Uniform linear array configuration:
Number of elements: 64
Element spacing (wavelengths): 0.75
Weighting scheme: exponential
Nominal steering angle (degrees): -15
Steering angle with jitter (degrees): -15.344
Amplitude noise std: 0.05
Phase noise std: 0.05

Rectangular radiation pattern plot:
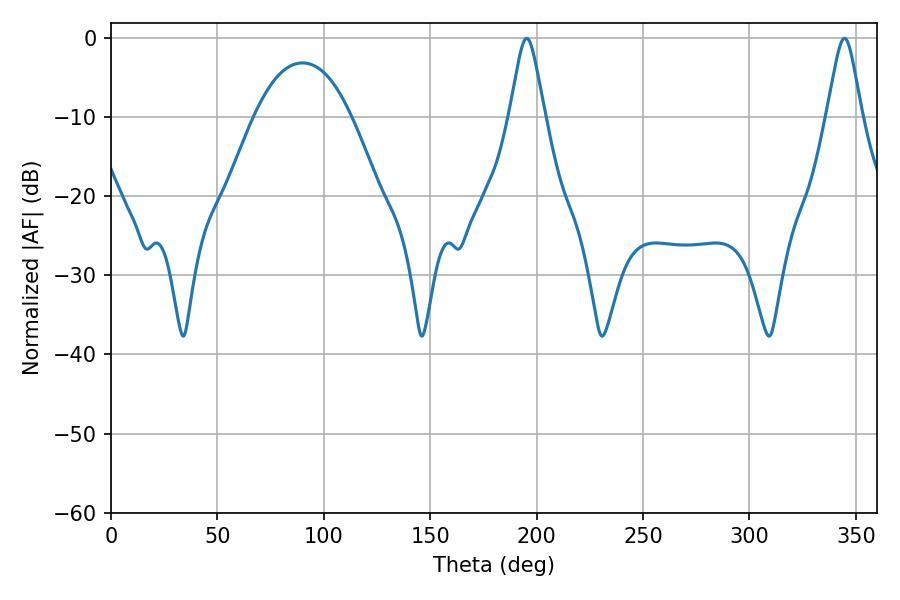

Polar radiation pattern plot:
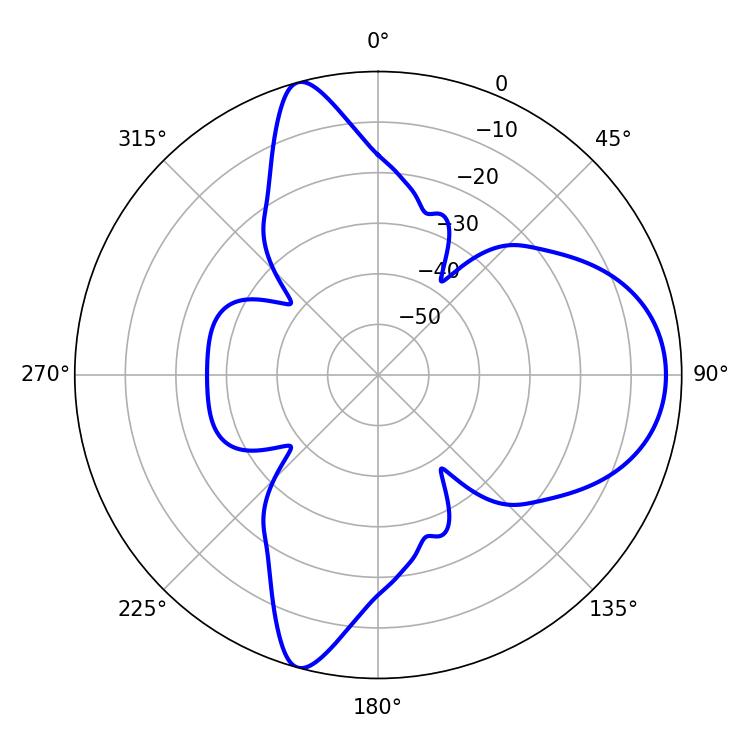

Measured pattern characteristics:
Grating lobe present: TRUE
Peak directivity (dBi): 10.352
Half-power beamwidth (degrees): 7.74
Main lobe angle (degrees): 195.3